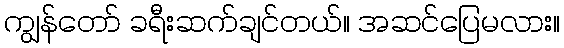
ကျွန်တော် ခရီးဆက်ချင်တယ်။ အဆင်ပြေမလား။